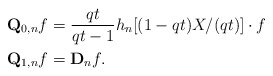
\begin{align*}\mathbf{Q}_{0, n} f &= \frac{qt}{qt-1} h_n[(1-qt)X/(qt)] \cdot f \\\mathbf{Q}_{1, n} f &= \mathbf{D}_n f .\end{align*}